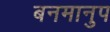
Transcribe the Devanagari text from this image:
बनमानुप